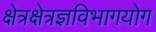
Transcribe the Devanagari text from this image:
क्षेत्रक्षेत्रज्ञविभागयोग